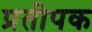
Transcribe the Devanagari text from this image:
प्रतीपक